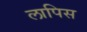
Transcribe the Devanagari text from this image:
लापिस